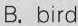
B. bird